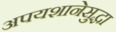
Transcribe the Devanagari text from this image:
अपयशानेसुद्धा